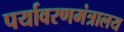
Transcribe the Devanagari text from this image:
पर्यावरणमंत्रालय